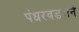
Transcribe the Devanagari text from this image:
पंधरवड्याने